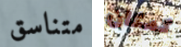
متناسق كمكان